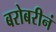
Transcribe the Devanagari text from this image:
बरोबरीनं